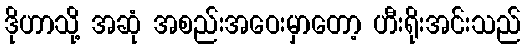
ဒိုဟာသို့ အဆုံ အစည်းအဝေးမှာတော့ ဟီးရိုးအင်းသည်